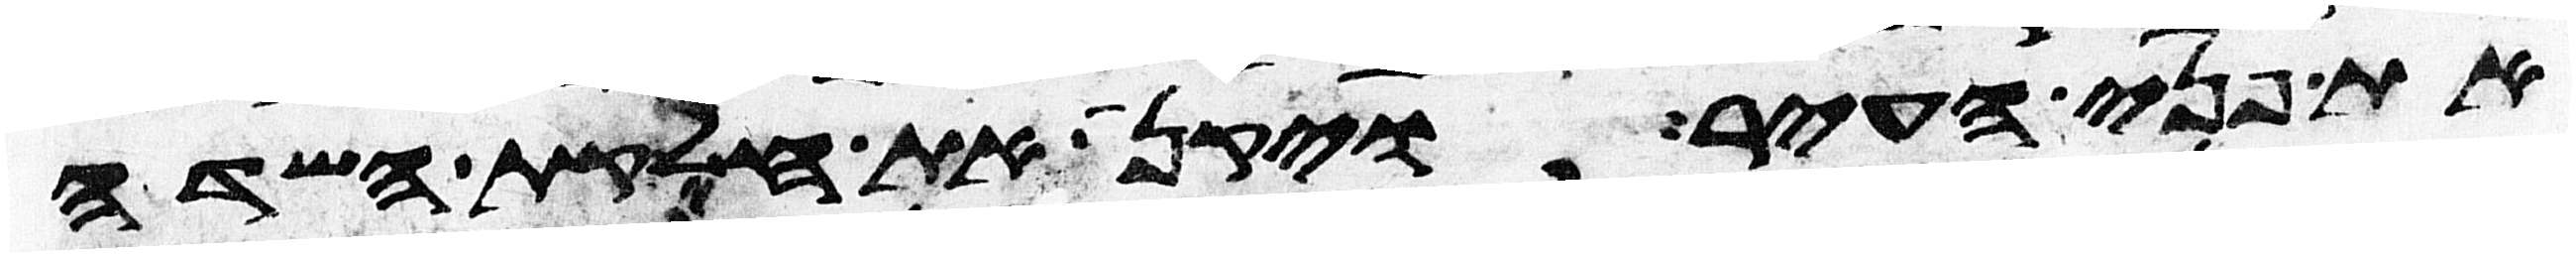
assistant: את פני העיר ויקן את חלקת השדה